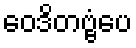
ဝေဒိတဗ္ဗံပေ